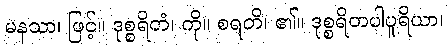
မနသာ၊ ဖြင့်။ ဒုစ္စရိတံ၊ ကို။ စရတိ၊ ၏။ ဒုစ္စရိတပါပူရိယာ၊